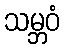
သမ္ဘဝံ